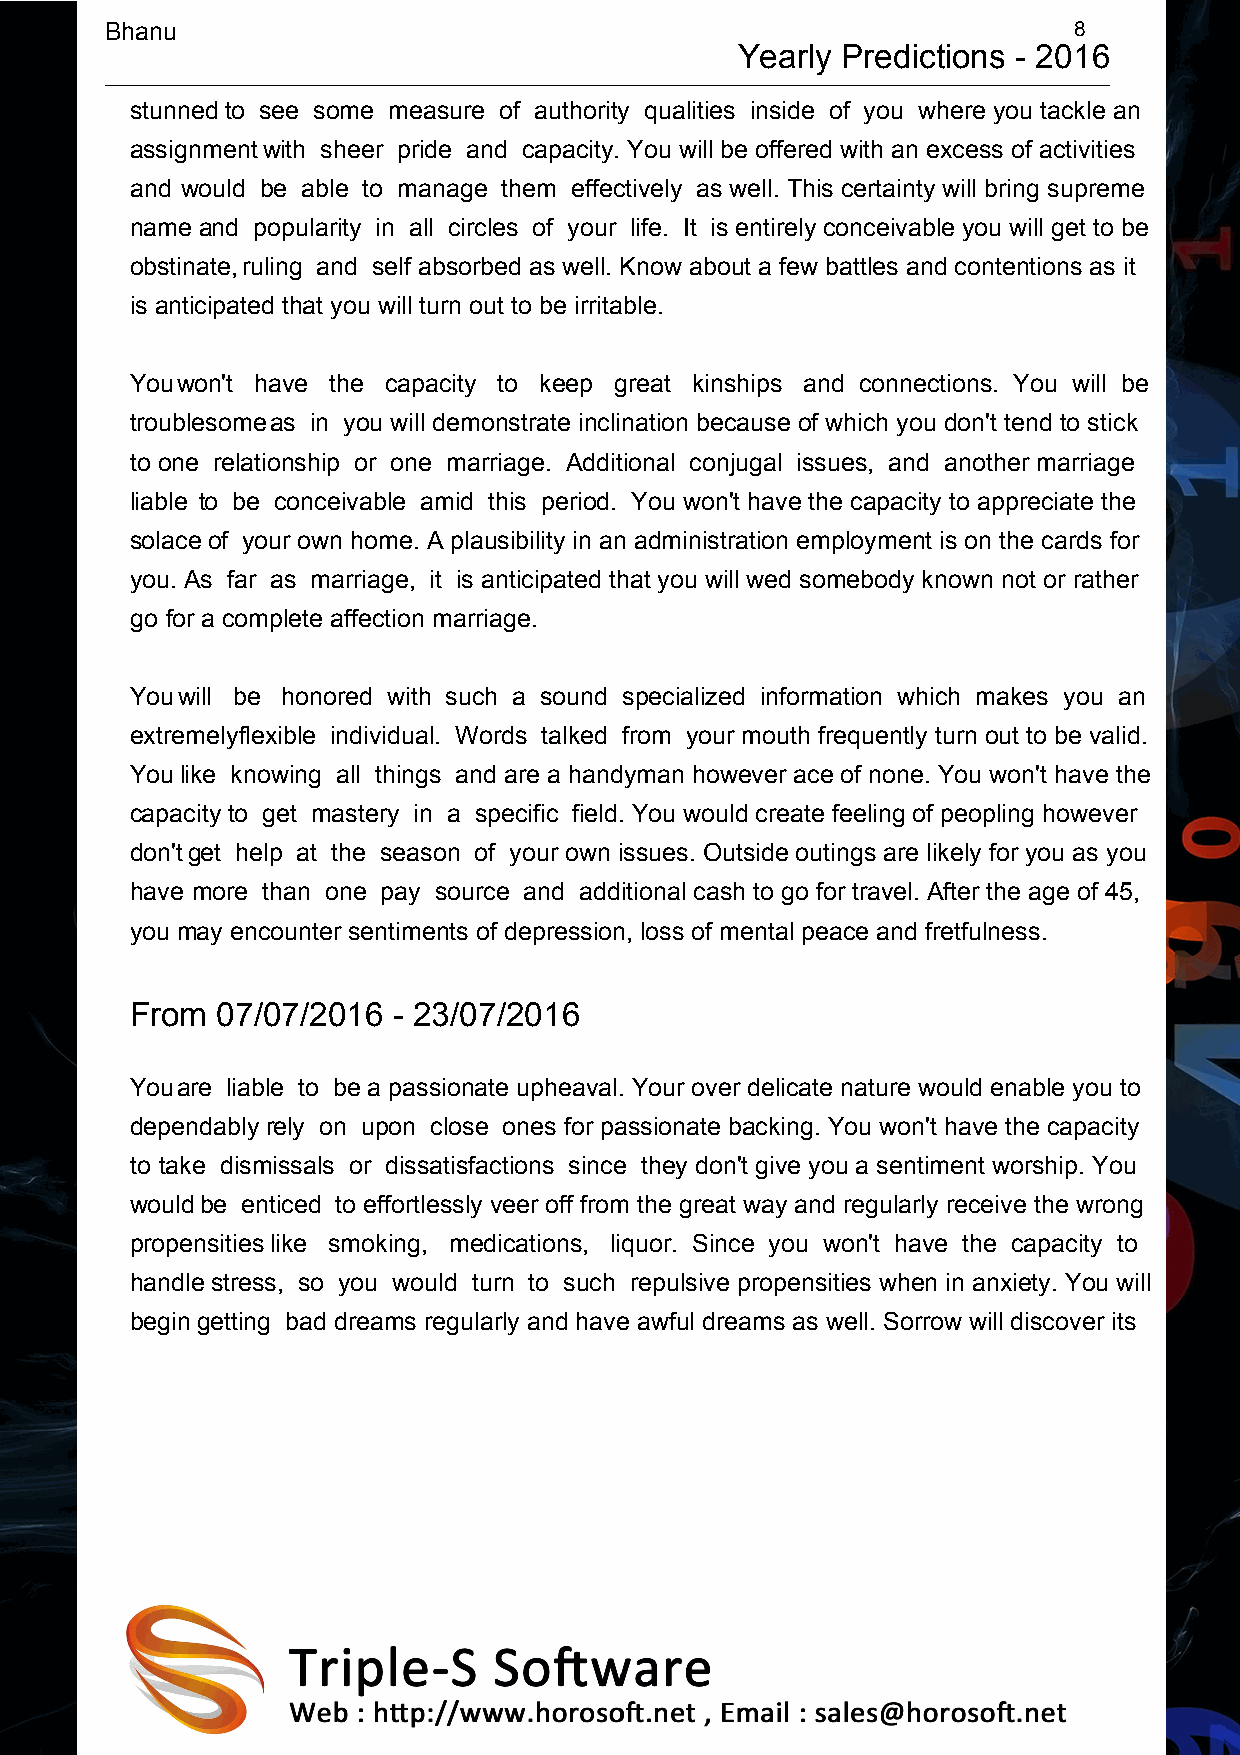
Bhanu                                                           8
 Yearly Predictions - 2016
 stunned to see some measure of authority qualities inside of you where you tackle an
 assignmentwith sheer pride and capacity. You will be offered with an excess of activities
 and would be able to manage them effectively as well. This certainty will bring supreme
 nameand popularity in all circles of your life. It is entirely conceivable you will get to be
 obstinate,ruling and self absorbed as well. Know about a few battles and contentions as it
 is anticipated that you will turn out to be irritable.
 Youwon't have the capacity to keep great kinships and connections. You will be
 troublesomeas in you will demonstrate inclination because of which you don't tend to stick
 to one relationship or one marriage. Additional conjugal issues, and another marriage
 liable to be conceivable amid this period. You won't have the capacity to appreciate the
 solaceof your own home. A plausibility in an administration employment is on the cards for
 you. As far as marriage, it is anticipated that you will wed somebody known not or rather
 go for a complete affection marriage.
 Youwill be honored with such a sound specialized information which makes you an
 extremelyflexible individual. Words talked from your mouth frequently turn out to be valid.
 Youlike knowing all things and are a handyman however ace of none. You won't have the
 capacity to get mastery in a specific field. You would create feeling of peopling however
 don'tget help at the season of your own issues. Outside outings are likely for you as you
 have more than one pay source and additional cash to go for travel. After the age of 45,
 you may encounter sentiments of depression, loss of mental peace and fretfulness.
 From 07/07/2016  - 23/07/2016
 Youare liable to be a passionate upheaval. Your over delicate nature would enable you to
 dependably rely on upon close ones for passionate backing. You won't have the capacity
 to take dismissals or dissatisfactions since they don't give you a sentiment worship. You
 wouldbe enticed to effortlessly veer off from the great way and regularly receive the wrong
 propensitieslike smoking, medications, liquor. Since you won't have the capacity to
 handlestress, so you would turn to such repulsive propensities when in anxiety. You will
 begingetting bad dreams regularly and have awful dreams as well. Sorrow will discover its